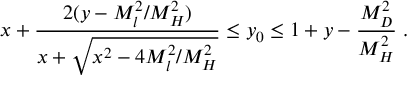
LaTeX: x + \frac { 2 ( y - M _ { l } ^ { 2 } / M _ { H } ^ { 2 } ) } { x + \sqrt { x ^ { 2 } - 4 M _ { l } ^ { 2 } / M _ { H } ^ { 2 } } } \le y _ { 0 } \le 1 + y - \frac { M _ { D } ^ { 2 } } { M _ { H } ^ { 2 } } \; .